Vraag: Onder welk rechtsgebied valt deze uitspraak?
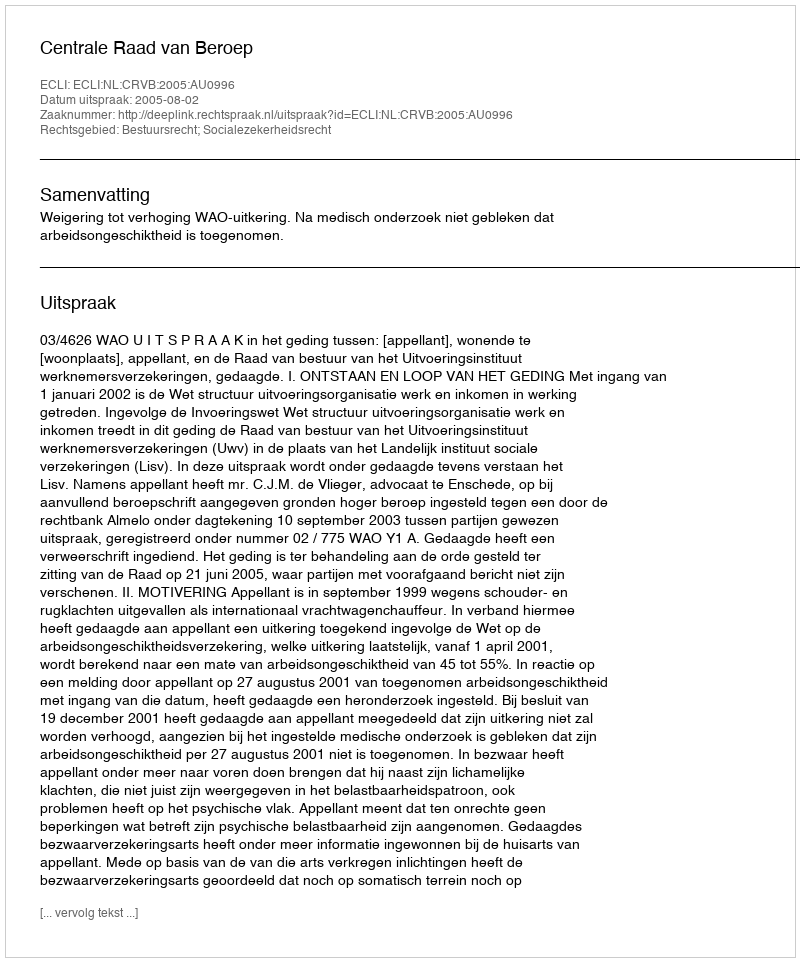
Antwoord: Bestuursrecht; Socialezekerheidsrecht